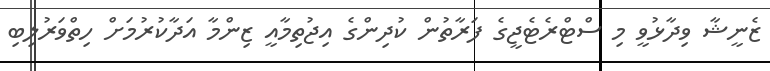
ޒެނީޝާ ވިދާޅުވީ މި ސްޓްރެޓެޖީގެ ފަރާތުން ކުދިންގެ އިޖުތިމާއީ ޒިންމާ އަދާކުރުމަށް ހިތްވަރުލިބި